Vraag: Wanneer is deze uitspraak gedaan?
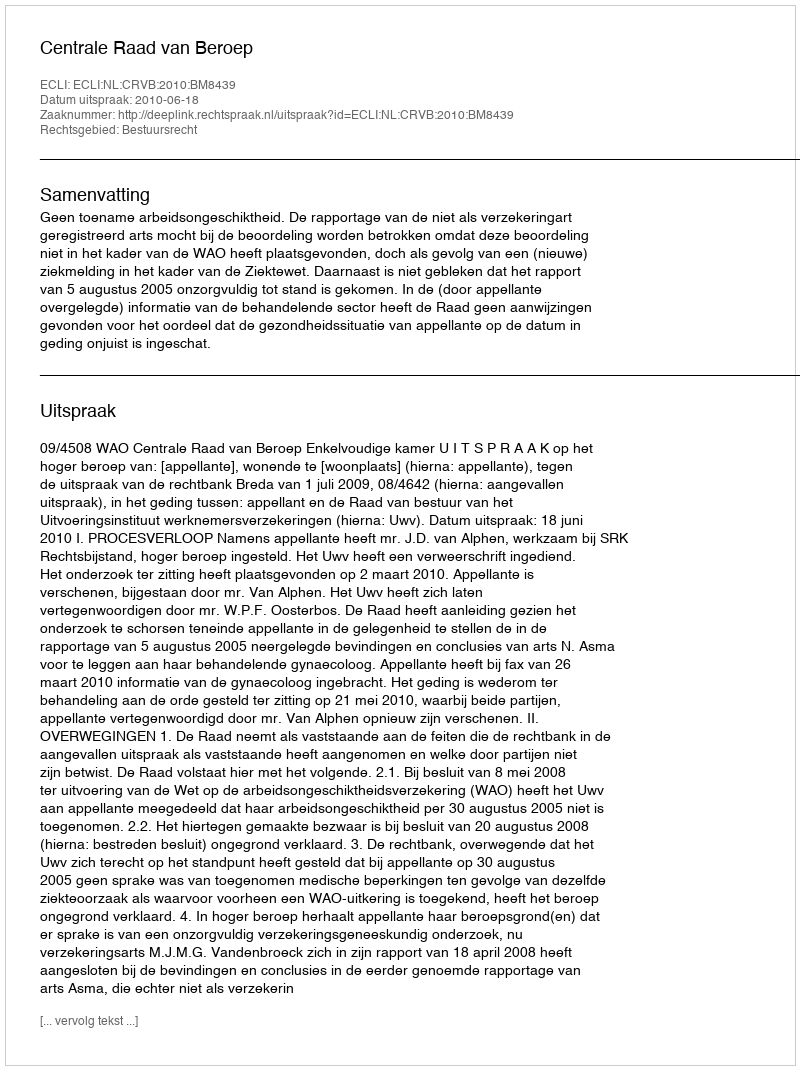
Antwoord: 2010-06-18